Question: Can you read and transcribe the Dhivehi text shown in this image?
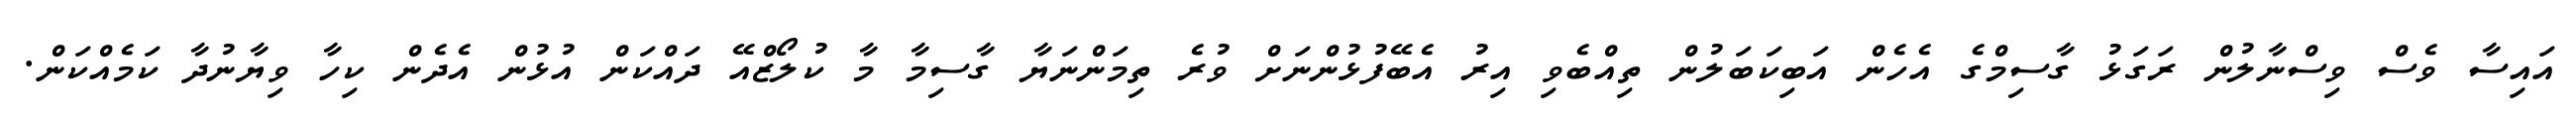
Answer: އައިސާ ވެސް ވިސްނާލުން ރަގަޅު ގާސިމްގެ އެހެން އަބިކަބަލުން ތިއްބެވި އިރު އެބޭފުޅުންނަށް ވުރެ ތިމަންނަޔާ ގާސިމާ މާ ކުލޯޒްއޭ ދައްކަން އުޅުން އެދެން ކިހާ ވިޔާނުދާ ކަމެއްކަން.